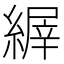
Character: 𦃘